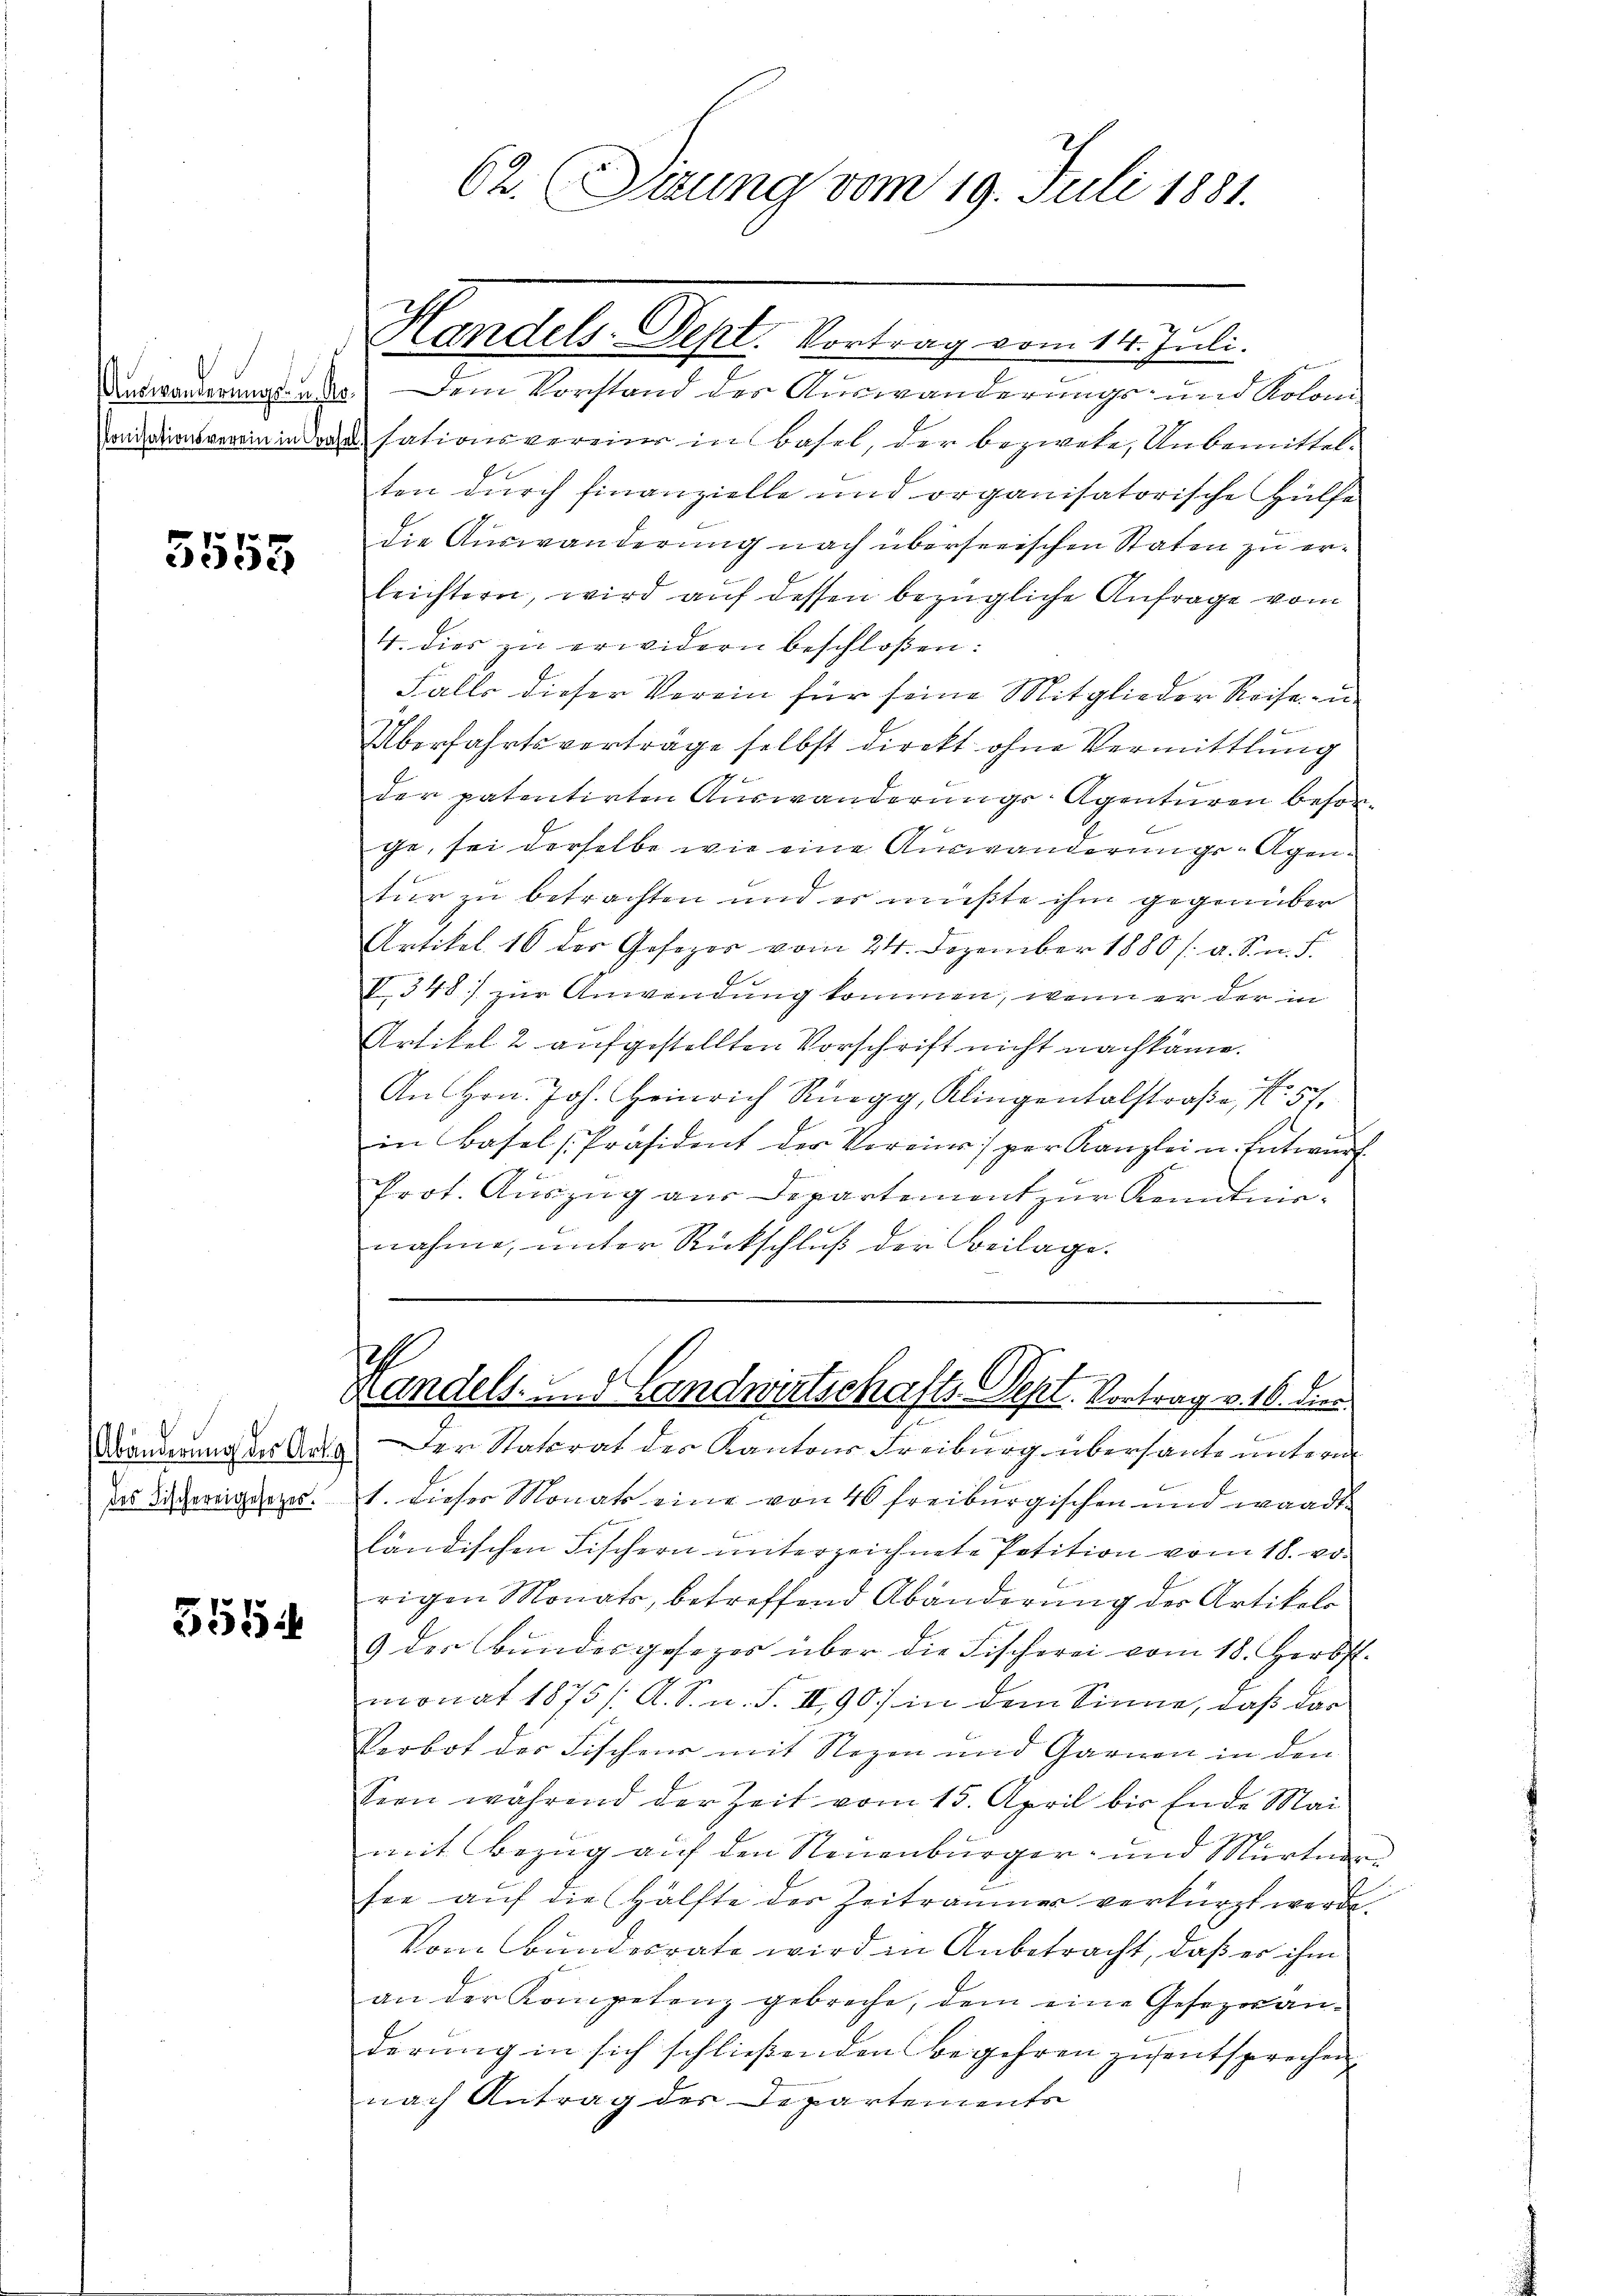
5553

Abänderung des Art. 9
des Fischereigesetzes.

5554

62. Sitzung vom 19. Juli 1881.

Handels-Dept. Vortrag vom 14. Juli.
Antworderungsrat Dein Vorstand der Auswanderungs- und Koloni
eisationsvereine in Basel, der bezwete, Unbemittelten durch finanzielle und organisatorische Hülfe
die Auswanderung nach überseeischen Staten zu erleichtern, wird auf dessen bezügliche Anfrage vom
4. dies zu erwidern beschloßen:
Falls dieser Verein für seine Mitglieder Reise - u

Überfahrtsverträge selbst direkt ohne Vermittlung
.
der patentirten Auswanderungs-Agenturen besorg
ge, sei derselbe wie eine Auswanderungs-Agentur zu betrachten und es müßte ihm gegenüber
Artikel 16 des Gesezes vom 24. Dezember 1880 /: a. Sn. F.
V. 348) zur Anwendung kommen, wenn er der in
Artikel 2 aufgestellten Vorschrift nicht nachkäme.
An Hrn. Joh. Heinrich Rüegg, Klingentalstraße, N. 57,
in Basel [Präsident der Vereins) per Kanzlei u. Entwurf
Prot. Auszug aus Departement zur Kenntnis-
nahme, unter Rückschluß der Beilage.

h
Handels- und Landwirtschafts-Dept. Vortrag v. 16. die

Der Statsrat des Kantons Freiburg übersante unterm
1. dieser Monats eine von 40 freiburgischen und wandte
ländischen Fischern unterzeichnete Petition vom 18. vo
rigen Monats, betreffend Abänderung der Artikelo
9 der Bŭndesgesezes über die Fischerei vom 18. Herbst.
monat 1875 /: A. S. n. F. II, 90) in dem Sinne, daß das
Verbot der Fischens mit Rezen und Garnen in den
seen während der Zeit vom 15. April bis Ende Mai
mit Bezug auf den Neuenburger- und Murten
see auf die Hälfte der Zeitraumer verkürzt werde.
Vom Bundesrate wird in Anbetracht, daß er ihm
an der Kompetenz gebreche, dem eine Gesezwanderung in sich schließenden begehren zusentsprechen
nach Antrag der Departements